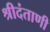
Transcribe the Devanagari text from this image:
श्रीदंताणी